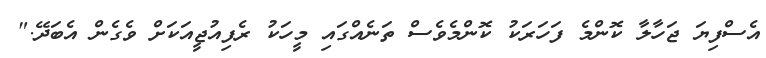
އެސްފިޔަ ޖަހާލާ ކޮންމެ ފަހަރަކު ކޮންމެވެސް ތަނެއްގައި މީހަކު ރެފިއުޖީއަކަށް ވެގެން އެބަދޭ."